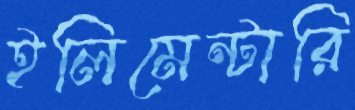
ইলিমেন্টারি